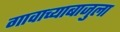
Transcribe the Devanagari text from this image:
गावाच्याबाजुला